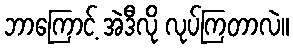
ဘာကြောင့် အဲဒီလို လုပ်ကြတာလဲ။